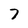
Character: 7